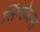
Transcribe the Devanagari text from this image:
सिंप्लेल्स